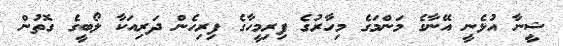
ޝީނާ އުޅެނީ އޭނާގެ މަންމަގެ މިހާރުގެ ފިރިމީހާގެ ފިރިހެން ދަރިއަކާ ލޯބީގެ ގޮތުން